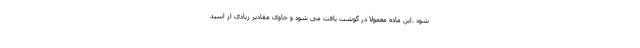
شود .این ماده معمولا در گوشت یافت می شود و حاوی مقادیر زیادی از اسید